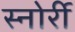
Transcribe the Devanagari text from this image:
स्नोर्री